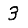
Digit: 3